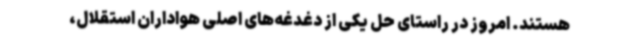
هستند. امروز در راستای حل یکی از دغدغه‌های اصلی هواداران استقلال،